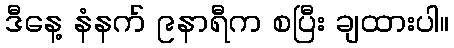
ဒီနေ့ နံနက် ၉နာရီက စပြီး ချထားပါ။